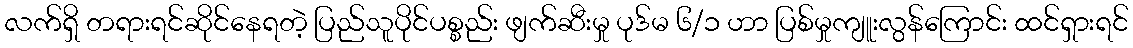
လက်ရှိ တရားရင်ဆိုင်နေရတဲ့ ပြည်သူပိုင်ပစ္စည်း ဖျက်ဆီးမှု ပုဒ်မ ၆/၁ ဟာ ပြစ်မှုကျူးလွန်ကြောင်း ထင်ရှားရင်